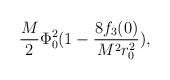
LaTeX: \begin{align*}\frac{M}{2} \Phi^2_0 (1 -\frac{8 f_{3}(0)}{M^2 r_0^2} ),\end{align*}